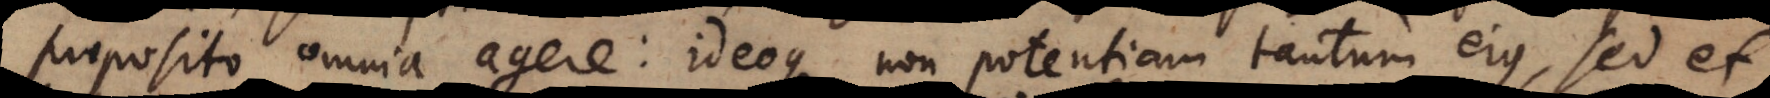
proposito omnia agere: ideoque non potentiam tantum ejus, sed et